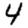
Digit: 4